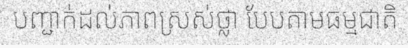
បញ្ជាក់ដល់ភាពស្រស់ថ្លា បែបតាមធម្មជាតិ